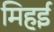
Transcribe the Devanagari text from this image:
मिहई